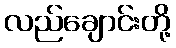
လည်ချောင်းတို့